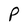
Character: P